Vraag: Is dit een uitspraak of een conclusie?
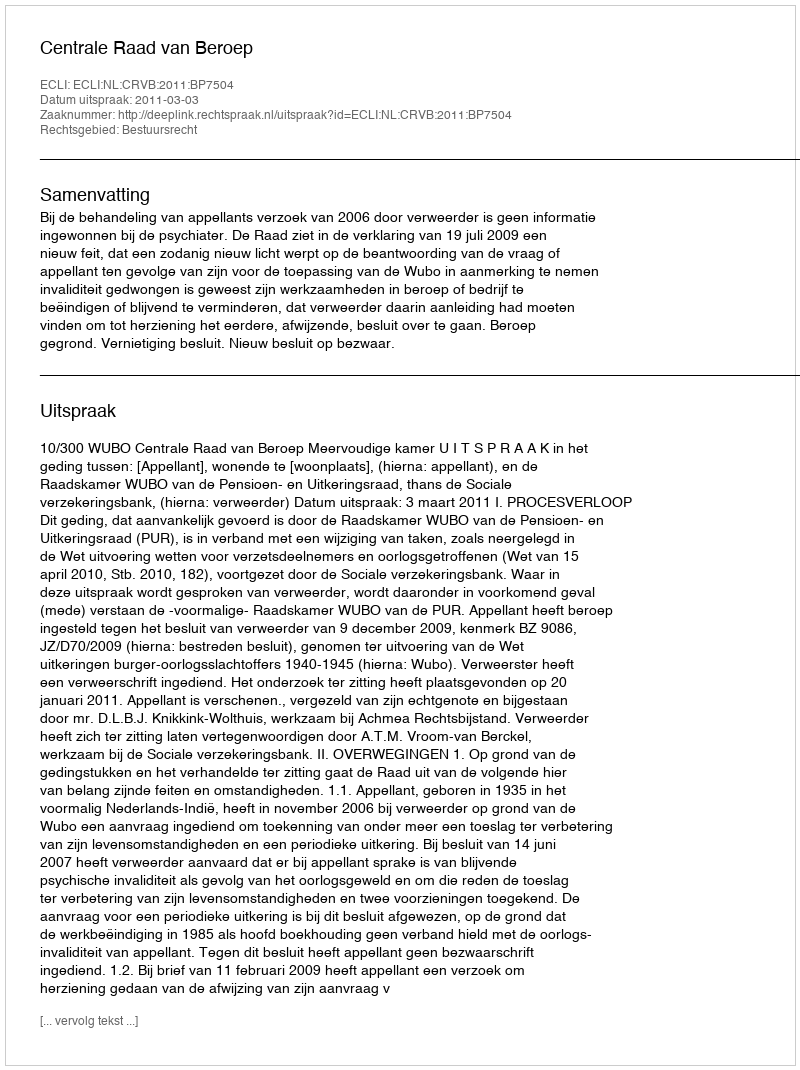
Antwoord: Uitspraak